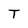
Character: T